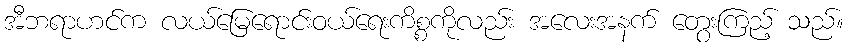
အီဘရာဟင်က လယ်မြေရောင်းဝယ်ရေးကိစ္စကိုလည်း အလေးအနက် တွေးကြည့် သည်။